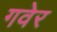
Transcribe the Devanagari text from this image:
गवेर